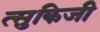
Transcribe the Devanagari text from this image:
त्सुकिजी